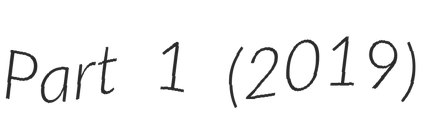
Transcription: Part 1 (2019)